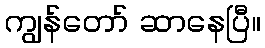
ကျွန်တော် ဆာနေပြီ။